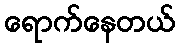
ရောက်နေတယ်